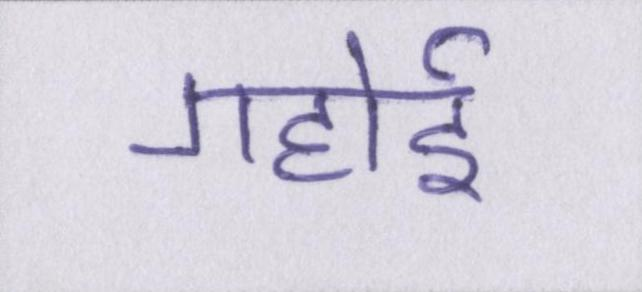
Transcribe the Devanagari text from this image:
गहोई